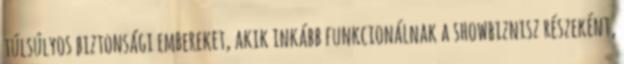
túlsúlyos biztonsági embereket, akik inkább funkcionálnak a showbiznisz részeként,